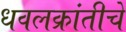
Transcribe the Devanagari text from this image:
धवलक्रांतीचे